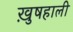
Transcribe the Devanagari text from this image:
ख़ुषहाली